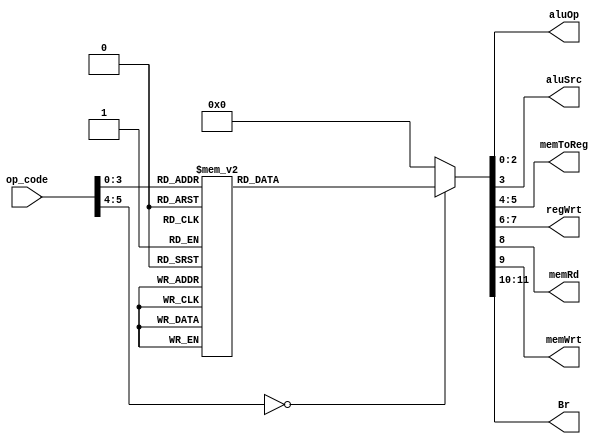
`timescale 1ns / 1ps

module Main_Control (
    input [5:0] op_code,
    output reg [2:0] aluOp,
    output reg aluSrc,
    output reg [1:0] memToReg,
    output reg [1:0] regWrt,
    output reg memRd,
    output reg memWrt,
    output reg [1:0] Br
);

always @(*) begin
    case (op_code)
        6'b000001:
            begin
                aluOp <= 3'b001;
                aluSrc <= 1'b1;
                memToReg <= 2'b00;
                regWrt <= 2'b10;
                memRd <= 1'b0;
                memWrt <= 1'b0;
                Br <= 2'b00;
            end 
        6'b000010:
            begin
                aluOp <= 3'b010;
                aluSrc <= 1'b1;
                memToReg <= 2'b00;
                regWrt <= 2'b10;
                memRd <= 1'b0;
                memWrt <= 1'b0;
                Br <= 2'b00;
            end 
        6'b000011:
            begin
                aluOp <= 3'b011;
                aluSrc <= 1'b1;
                memToReg <= 2'b00;
                regWrt <= 2'b10;
                memRd <= 1'b0;
                memWrt <= 1'b0;
                Br <= 2'b00;
            end 
        // Reg branch
        6'b000100:
            begin
                aluOp <= 3'b000;
                aluSrc <= 1'b1;
                memToReg <= 2'b00;
                regWrt <= 2'b00;
                memRd <= 1'b0;
                memWrt <= 1'b0;
                Br <= 2'b01;
            end 
        // carry and branch
        6'b000101:
            begin
                aluOp <= 3'b000;
                aluSrc <= 1'b1;
                memToReg <= 2'b00;
                regWrt <= 2'b00;
                memRd <= 1'b0;
                memWrt <= 1'b0;
                Br <= 2'b10;
            end 
        // branch and link
        6'b000110:
            begin
                aluOp <= 3'b000;
                aluSrc <= 1'b1;
                memToReg <= 2'b01;
                regWrt <= 2'b01;
                memRd <= 1'b0;
                memWrt <= 1'b0;
                Br <= 2'b11;
            end 
        // diff
        6'b000111:
            begin
                aluOp <= 3'b100;
                aluSrc <= 1'b1;
                memToReg <= 2'b00;
                regWrt <= 2'b10;
                memRd <= 1'b0;
                memWrt <= 1'b0;
                Br <= 2'b00;
            end 
        // add immediate
        6'b001000:
            begin
                aluOp <= 3'b101;
                aluSrc <= 1'b0;
                memToReg <= 2'b00;
                regWrt <= 2'b10;
                memRd <= 1'b0;
                memWrt <= 1'b0;
                Br <= 2'b00;
            end 
        // complement immediate
        6'b001001:
            begin
                aluOp <= 3'b110;
                aluSrc <= 1'b0;
                memToReg <= 2'b00;
                regWrt <= 2'b10;
                memRd <= 1'b0;
                memWrt <= 1'b0;
                Br <= 2'b00;
            end
        // load word
        6'b001010:
            begin
                aluOp <= 3'b101;
                aluSrc <= 1'b0;
                memToReg <= 2'b10;
                regWrt <= 2'b11;
                memRd <= 1'b1;
                memWrt <= 1'b0;
                Br <= 2'b00;
            end
        // store word 
        6'b001011:
            begin
                aluOp <= 3'b101;
                aluSrc <= 1'b0;
                memToReg <= 2'b00;
                regWrt <= 2'b00;
                memRd <= 1'b0;
                memWrt <= 1'b1;
                Br <= 2'b00;
            end
        default: 
            begin
                aluOp <= 3'b000;
                aluSrc <= 1'b0;
                memToReg <= 2'b00;
                regWrt <= 2'b00;
                memRd <= 1'b0;
                memWrt <= 1'b0;
                Br <= 2'b00;
            end
    endcase 
end
    
endmodule